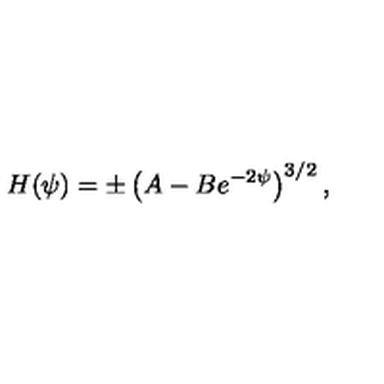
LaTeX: H ( \psi ) = \pm \left( A - B e ^ { - 2 \psi } \right) ^ { 3 / 2 } ,